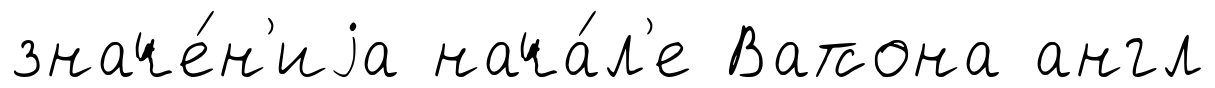
значе́н'иjа нача́л'е Ватсона англ